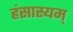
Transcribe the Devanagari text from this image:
हंसास्यम्